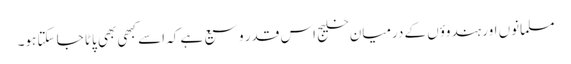
مسلمانوں اور ہندوؤں کے درمیان خلیج اس قدر وسیع ہے کہ اسے کبھی بھی پاٹا جا سکتا ہو۔